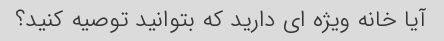
آیا خانه ویژه ای دارید که بتوانید توصیه کنید؟